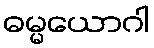
ဓမ္မယောဂါ